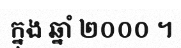
ក្នុង ឆ្នាំ ២០០០ ។